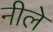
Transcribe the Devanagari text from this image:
नीले